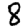
Digit: 8